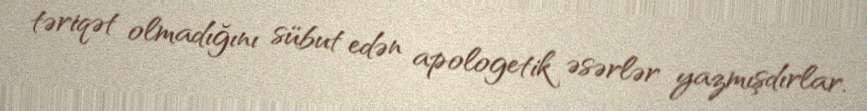
təriqət olmadığını sübut edən apologetik əsərlər yazmışdırlar.